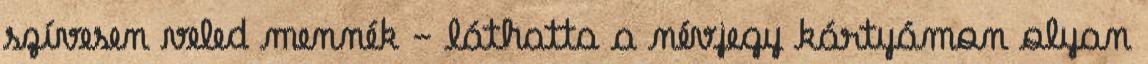
szívesen veled mennék - láthatta a névjegy kártyámon olyan